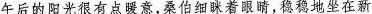
午后的阳光很有点暖意，桑伯细迷着眼睛，稳稳地坐在新